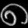
Digit: ၈